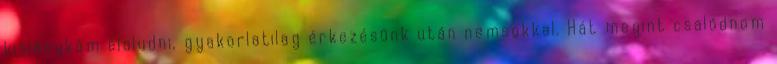
kislánykám elaludni, gyakorlatilag érkezésünk után nemsokkal. Hát megint csalódnom